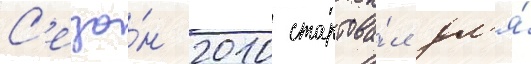
С'езо́н 2010 стартова́л дл'я́